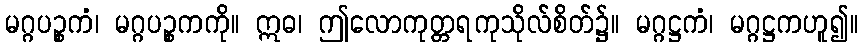
မဂ္ဂပဉ္စကံ၊ မဂ္ဂပဉ္စကကို။ ဣဓ၊ ဤလောကုတ္တရကုသိုလ်စိတ်၌။ မဂ္ဂဋ္ဌကံ၊ မဂ္ဂဋ္ဌကဟူ၍။